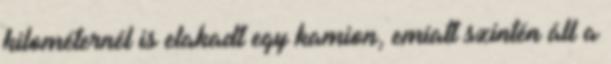
kilométernél is elakadt egy kamion, emiatt szintén áll a